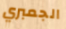
الجمبري